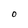
Character: 0